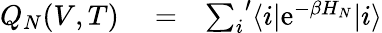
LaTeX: \begin{array}{rlr}{Q_{N}(V,T)}&{{}=}&{{\sum_{i}}^{\prime}\langle i|\mathrm{e}^{-\beta H_{N}}|i\rangle}\end{array}